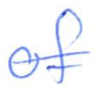
Text: of
Cross-out: single-line
Writing tool: ballpoint